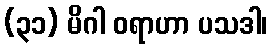
(၃၁) မိဂါ ဝရာဟာ ပသဒါ၊